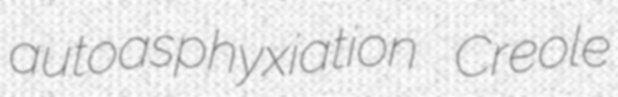
autoasphyxiation Creole